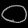
Digit: ၀